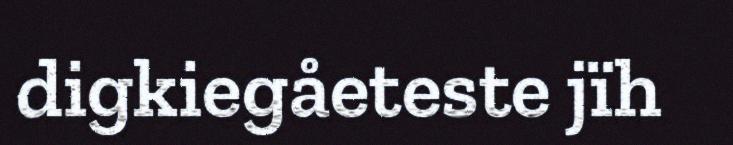
digkiegåeteste jïh